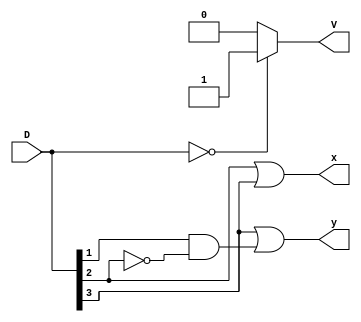
module pr_encoder(D,x,y,V);
input [3:0] D;
output x, y, V;

assign x = D[2] | D[3];
assign y = D[3] | (D[1] & ~(D[2]));
assign V = (D==0) ? 1'b1 : 1'b0;

endmodule